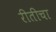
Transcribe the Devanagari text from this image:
रीतीचा